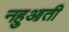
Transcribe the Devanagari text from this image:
नहुआती